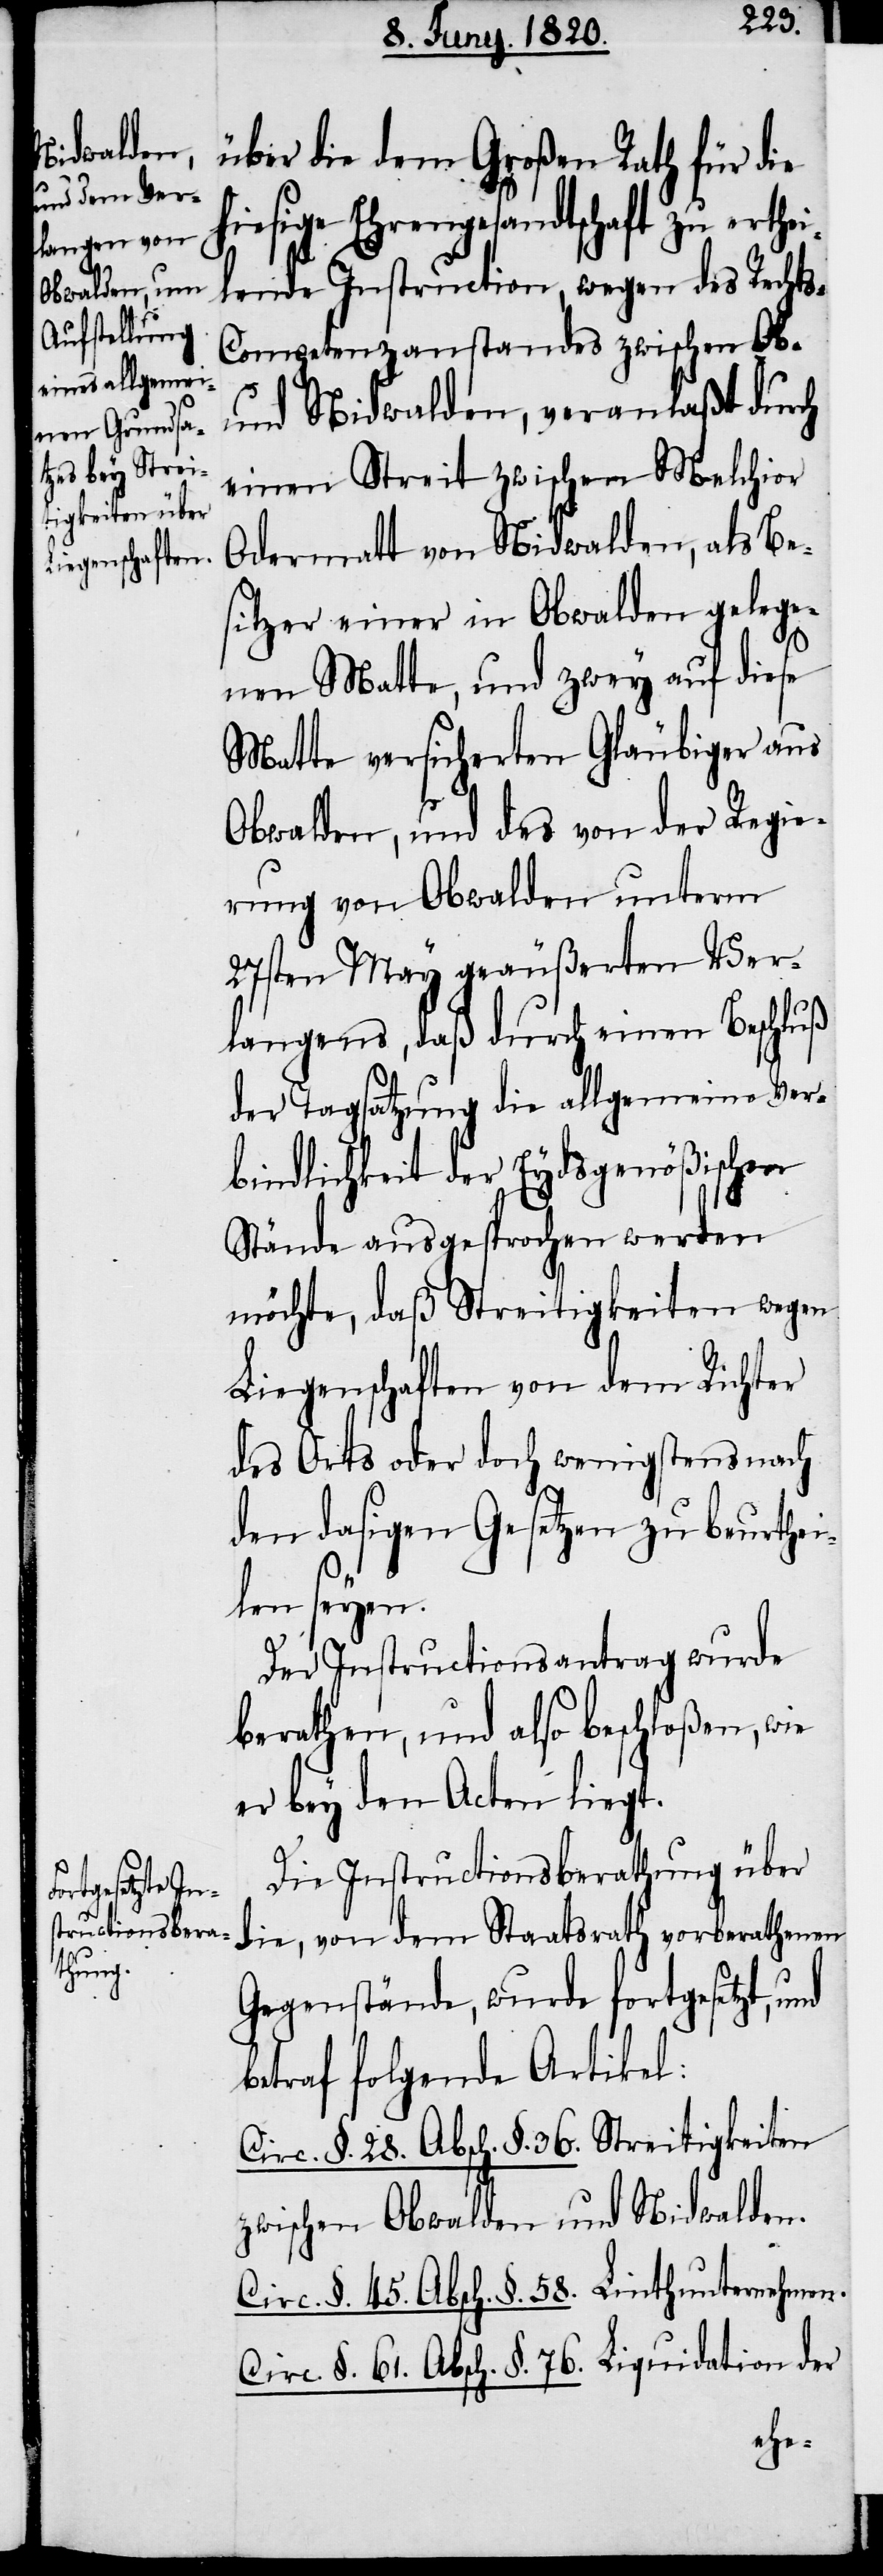
über die dem Großen Rath für die
hiesige Ehrengesandtschaft zu erthe¬
ilende Instruction, wegen des Recht¬
s-Competenzanstandes zwischen Ob-
und Nidwalden, veranlaßt durch
einen Streit zwischen Melchior
Odermatt von Nidwalden, als Be¬
sitzer einer in Obwalden gelege¬
nen Matte, und zwey auf diese
Matte versicherten Gläubiger aus
Obwalden, und des von der Regie¬
rung von Obwalden unterm
27sten May geäußerten Ver¬
langens, daß durch einen Beschluß
der Tagsatzung die allgemeine Ver¬
bindlichkeit der Eydsgenößischen
Stände ausgesprochen werden
möchte, daß Streitigkeiten wegen
Liegenschaften von dem Richter
des Orts oder doch wenigstens nach
den dasigen Gesetzen zu beurthei¬
len seyen.
Die Instructionsberathung über
die, von dem Staatsrath vorberathenen
Gegenstände, wurde fortgesetzt, und
betraf folgende Artikel:
Circ. §. 28. Absch. §. 36. Streitigkeiten
zwischen Obwalden und Nidwalden.
Circ. §. 45. Absch. §. 58. Linthunternehmen.
Circ. §. 61. Absch. §. 76. Liquidation der